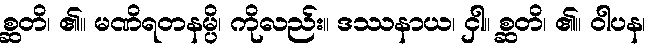
စ္ဆတိ၊ ၏။ မဏိရတနမ္ပိ၊ ကိုလည်း။ ဒဿနာယ၊ ငှါ။ စ္ဆတိ၊ ၏။ ဝါပန၊